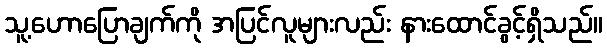
သူ့ဟောပြောချက်ကို အပြင်လူများလည်း နားထောင်ခွင့်ရှိသည်။